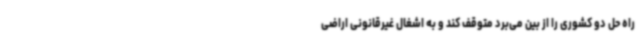
راه حل دو کشوری را از بین می‌برد متوقف کند و به اشغال غیرقانونی اراضی